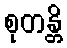
စုတန္တိ